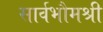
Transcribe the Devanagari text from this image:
सार्वभौमश्री